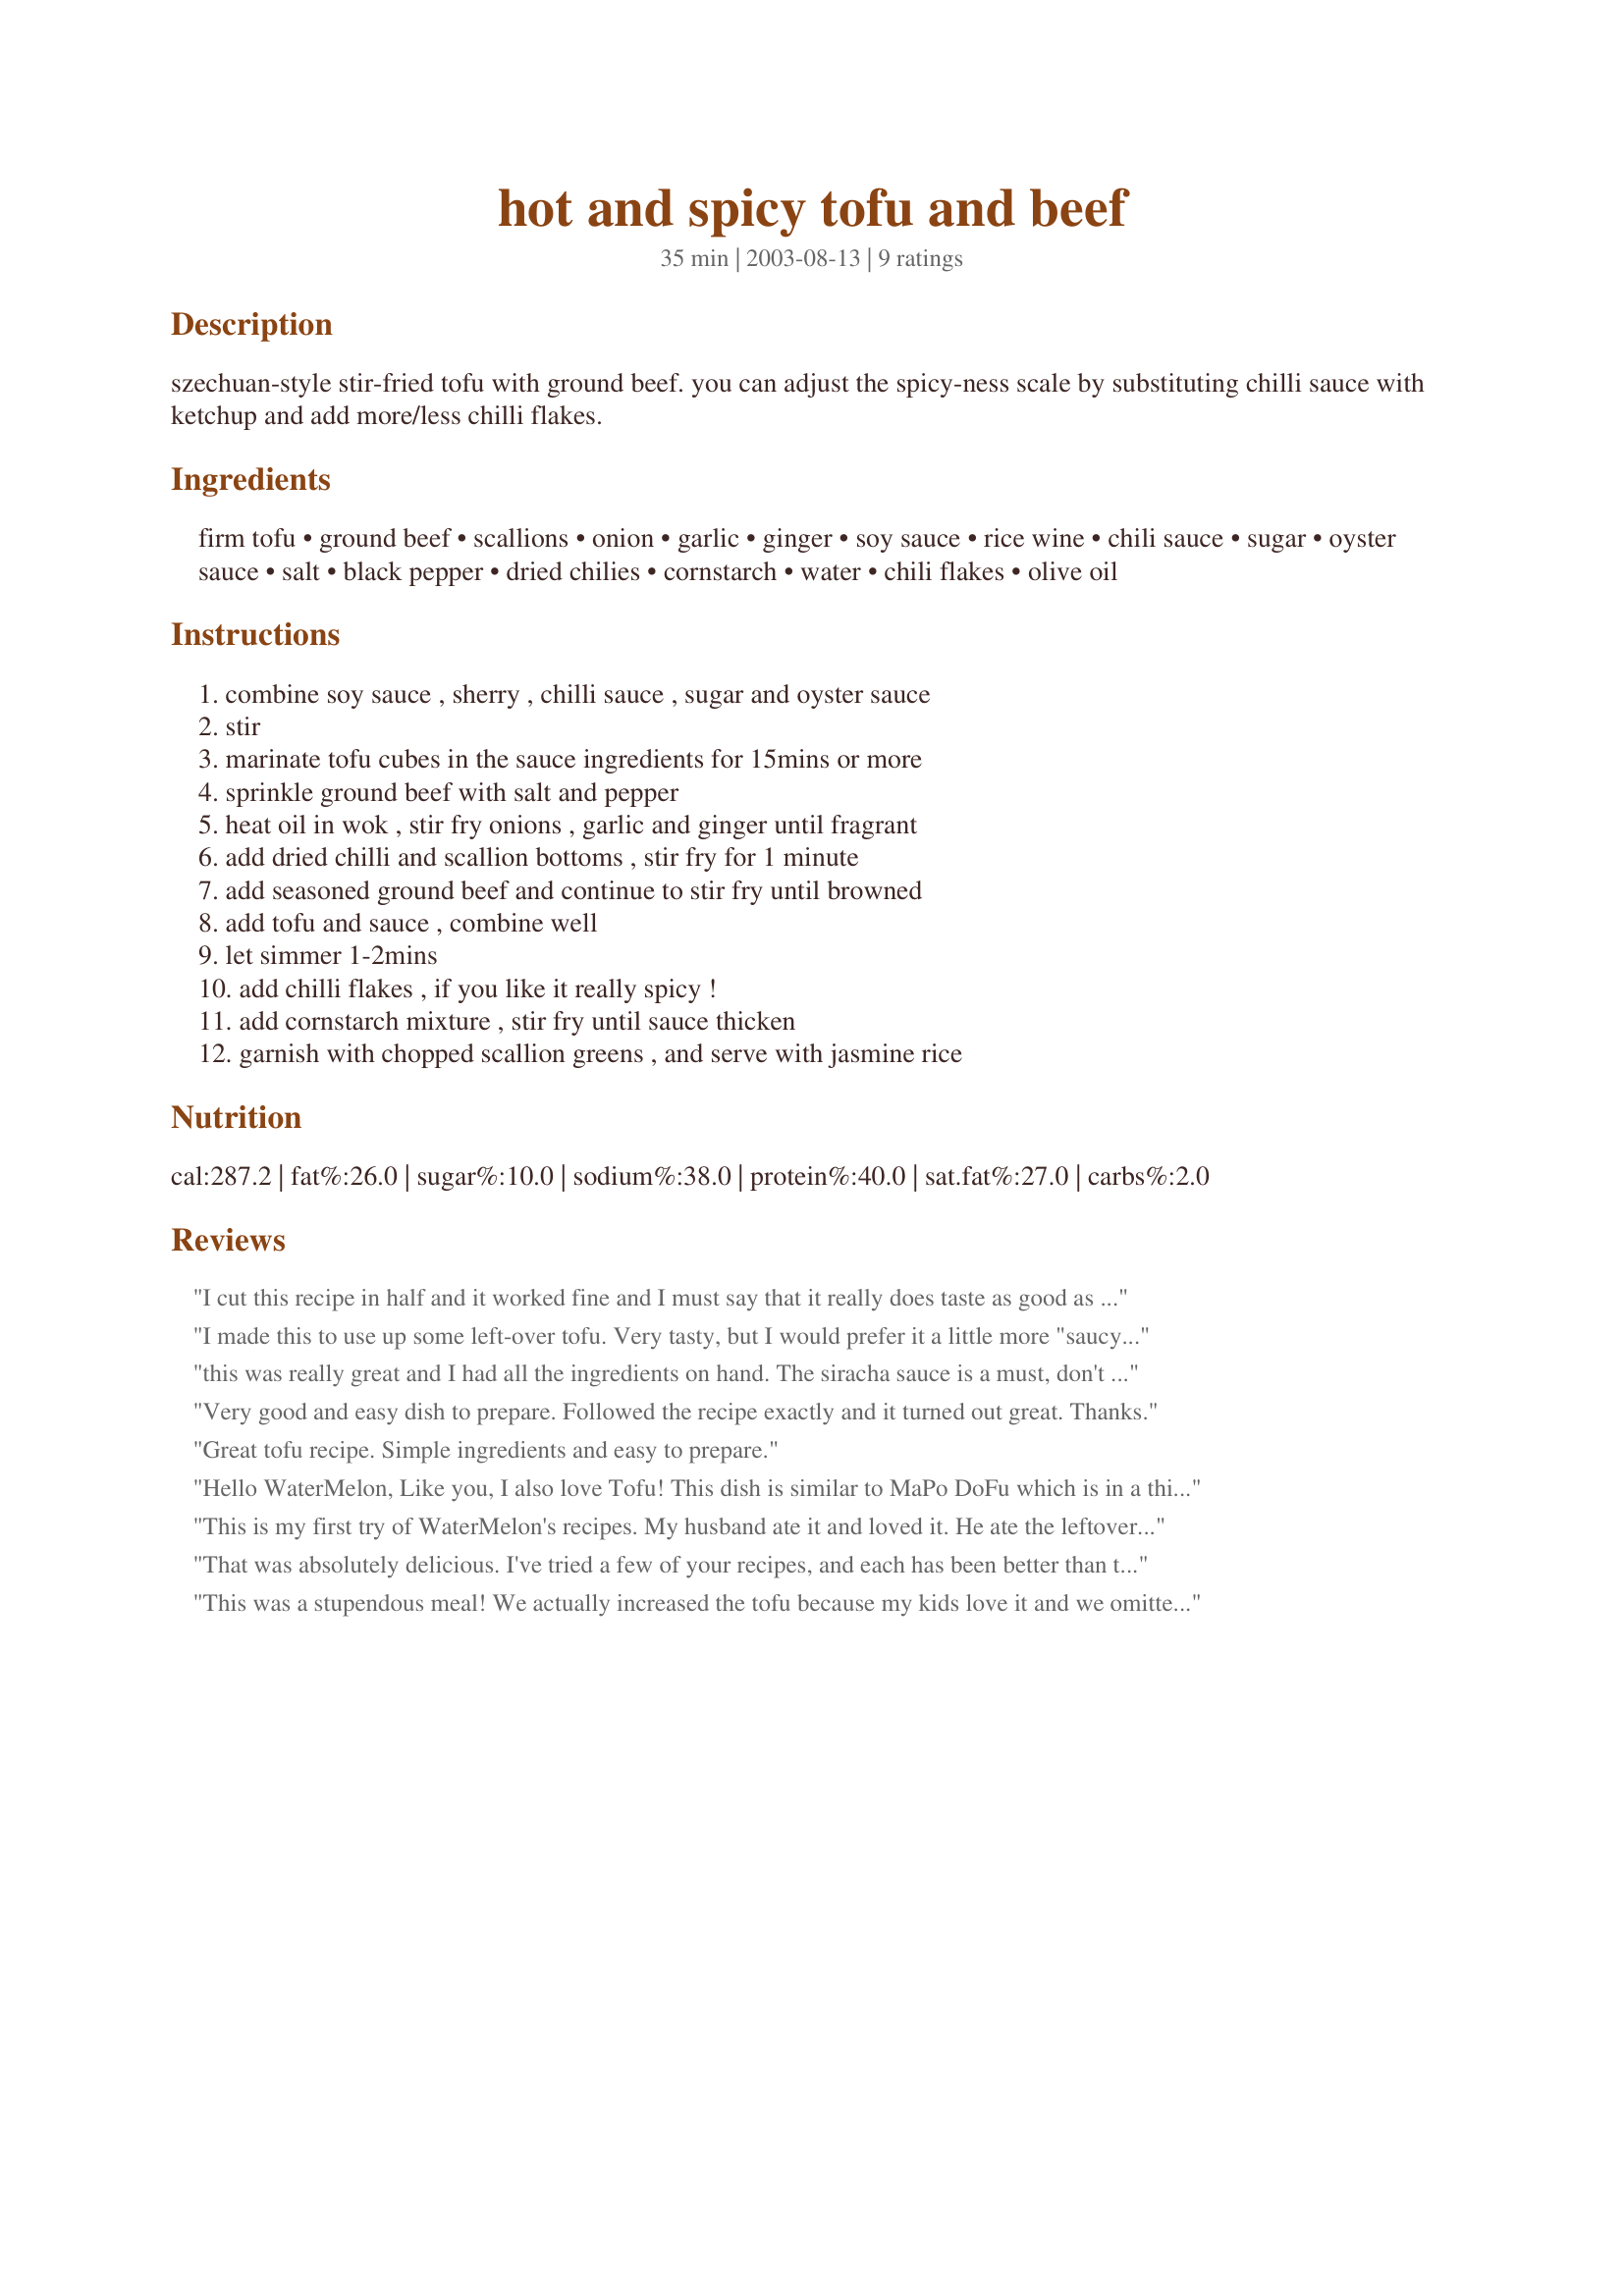
hot and spicy tofu and beef
Preparation time: 35 minutes

szechuan-style stir-fried tofu with ground beef. you can adjust the spicy-ness scale by substituting chilli sauce with ketchup and add more/less chilli flakes.

Ingredients:
firm tofu, ground beef, scallions, onion, garlic, ginger, soy sauce, rice wine, chili sauce, sugar, oyster sauce, salt, black pepper, dried chilies, cornstarch, water, chili flakes, olive oil

Steps:
combine soy sauce , sherry , chilli sauce , sugar and oyster sauce, stir, marinate tofu cubes in the sauce ingredients for 15mins or more, sprinkle ground beef with salt and pepper, heat oil in wok , stir fry onions , garlic and ginger until fragrant, add dried chilli and scallion bottoms , stir fry for 1 minute, add seasoned ground beef and continue to stir fry until browned, add tofu and sauce , combine well, let simmer 1-2mins, add chilli flakes , if you like it really spicy !, add cornstarch mixture , stir fry until sauce thicken, garnish with chopped scallion greens , and serve with jasmine rice

Reviews:
I cut this recipe in half and it worked fine and I must say that it really does taste as good as it looks. Marinated the tofu for about 2 hours. This will go into my favourites. Must add, put a few chilli flakes on top as well.
I made this to use up some left-over tofu. Very tasty, but I would prefer it a little more "saucy" - just personal taste. I used sambal oelek (I'm not so keen on sweet chili sauce) and omitted the cornflour. Served it with rice. This would also be great with noodles. Thanks for posting - I'll make this again.
this was really great and I had all the ingredients on hand. The siracha sauce is a must, don't try ketchup! Will make it again. My asian husband loved it!
Very good and easy dish to prepare. Followed the recipe exactly and it turned out great. Thanks.
Great tofu recipe. Simple ingredients and easy to prepare.
Hello WaterMelon,
Like you, I also love Tofu! This dish is similar to MaPo DoFu which is in a thick spicy hot or mild sauce. Your recipe taught me a little about cooking Tofu, that is marinating the Tofu. I liked your photo as well... This is a good recipe to try, especially for people new to eating Tofu.
This is my first try of WaterMelon's recipes. My husband ate it and loved it. He ate the leftovers again for lunch today. He is Russian, so obviously this recipe crosses borders. I didn't make it as spicy because he can't take the spice. Also, I didn't have oyster sauce or sherry, but it seems to have turned out pretty well anyway. Also, WaterMelon just want to let you know that I love your food photos.
That was absolutely delicious. I've tried a few of your recipes, and each has been better than the last. Thank you!
This was a stupendous meal! We actually increased the tofu because my kids love it and we omitted all but one of the chili peppers. I am very fond of sweet chili sauce and the flavor was wonderful in this dish. I added some other vegetables as the dish was cooking, because they needed to be eaten, but they ended up being great in the dish. This will be made often, thanks for sharing the recipe.
